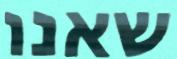
שאנו